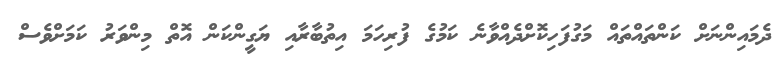
ދެމައިންނަށް ކަންތައްތައް މަގުފަހިކޮށްދެއްވާނެ ކަމުގެ ފުރިހަަމަ އިތުބާރާއި ޔަގީންކަން އޮތް މިންވަރު ކަމަށްވެސް